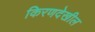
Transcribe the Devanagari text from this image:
किरणदेखील